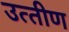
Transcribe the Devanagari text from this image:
उत्‍तीण